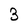
Character: 3